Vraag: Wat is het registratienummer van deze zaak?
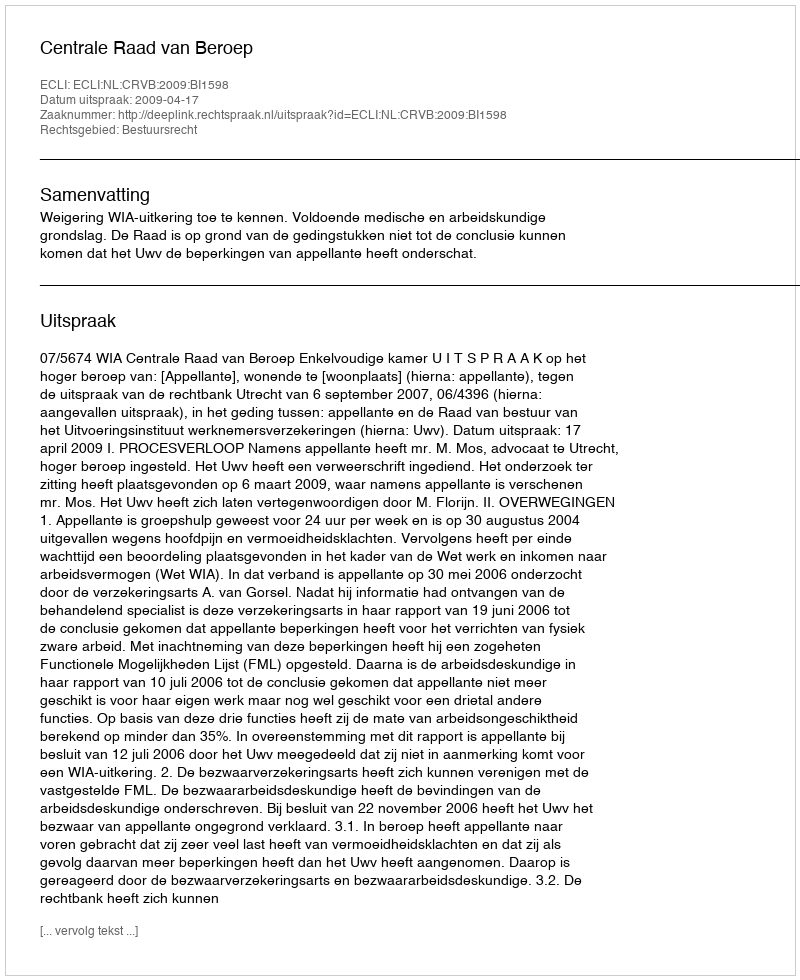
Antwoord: http://deeplink.rechtspraak.nl/uitspraak?id=ECLI:NL:CRVB:2009:BI1598